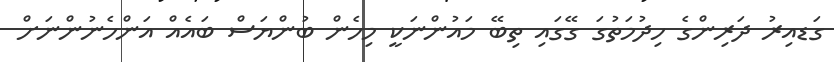
ގަޑއިރު ދަރިންގެ ހިދުމަތުގަ ގޭގައި ތިބޭ މައުންނަކީ މިހެން ބުންޔަސް ބައެއް އަންހެނުންނަށް